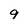
Character: 9